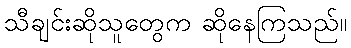
သီချင်းဆိုသူတွေက ဆိုနေကြသည်။